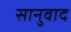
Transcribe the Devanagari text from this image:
सानुवाद